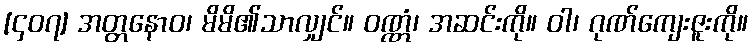
[၄၀၇] အတ္တနောဝ၊ မိမိ၏သာလျှင်။ ဝဏ္ဏံ၊ အဆင်းကို။ ဝါ၊ ဂုဏ်ကျေးဇူးကို။